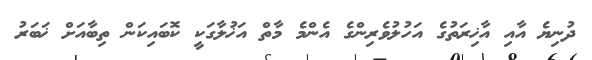
ދުނިޔެ އާއި އާޚިރަތުގެ އަހުލުވެރިންގެ އެންމެ މާތް އަޚުލާގަކީ ކޮބައިކަން ތިބާއަށް ޚަބަރު